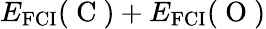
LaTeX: E_{\mathrm{{FCI}}}(\mathrm{~C~})+E_{\mathrm{{FCI}}}(\mathrm{~O~})